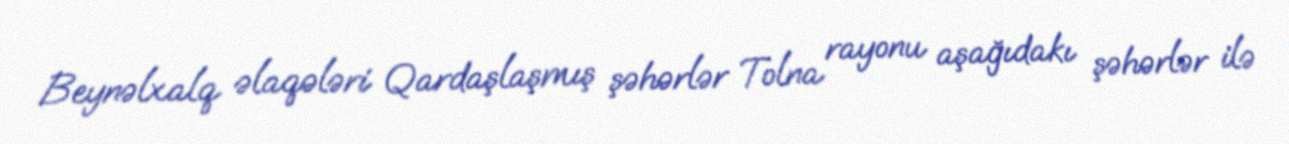
Beynəlxalq əlaqələri Qardaşlaşmış şəhərlər Tolna rayonu aşağıdakı şəhərlər ilə